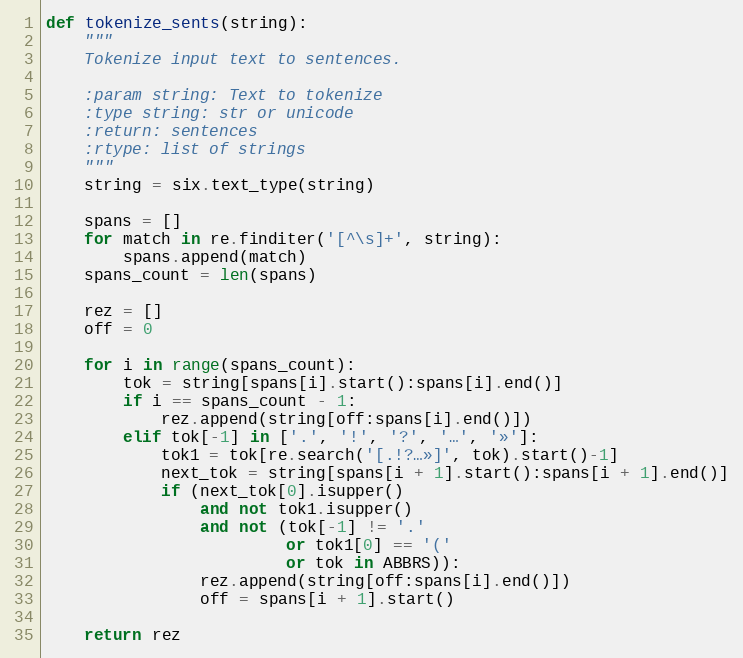
Language: Python
def tokenize_sents(string):
    """
    Tokenize input text to sentences.

    :param string: Text to tokenize
    :type string: str or unicode
    :return: sentences
    :rtype: list of strings
    """
    string = six.text_type(string)

    spans = []
    for match in re.finditer('[^\s]+', string):
        spans.append(match)
    spans_count = len(spans)

    rez = []
    off = 0

    for i in range(spans_count):
        tok = string[spans[i].start():spans[i].end()]
        if i == spans_count - 1:
            rez.append(string[off:spans[i].end()])
        elif tok[-1] in ['.', '!', '?', '…', '»']:
            tok1 = tok[re.search('[.!?…»]', tok).start()-1]
            next_tok = string[spans[i + 1].start():spans[i + 1].end()]
            if (next_tok[0].isupper()
                and not tok1.isupper()
                and not (tok[-1] != '.'
                         or tok1[0] == '('
                         or tok in ABBRS)):
                rez.append(string[off:spans[i].end()])
                off = spans[i + 1].start()

    return rez